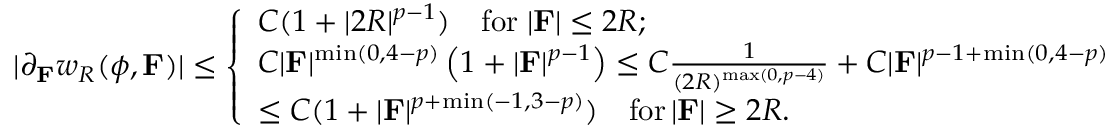
| \partial _ { \mathbf { F } } w _ { R } ( \phi , \mathbf { F } ) | \leq \left\{ \begin{array} { l l } { C ( 1 + | 2 R | ^ { p - 1 } ) \quad \mathrm { f o r } \; | \mathbf { F } | \leq 2 R ; } \\ { C | \mathbf { F } | ^ { \operatorname* { m i n } ( 0 , 4 - p ) } \left( 1 + | \mathbf { F } | ^ { p - 1 } \right) \leq C \frac { 1 } { ( 2 R ) ^ { \operatorname* { m a x } ( 0 , p - 4 ) } } + C | \mathbf { F } | ^ { p - 1 + \operatorname* { m i n } ( 0 , 4 - p ) } } \\ { \leq C ( 1 + | \mathbf { F } | ^ { p + \operatorname* { m i n } ( - 1 , 3 - p ) } ) \quad \mathrm { f o r } \, | \mathbf { F } | \geq 2 R . } \end{array} \right.